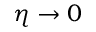
\eta \rightarrow 0